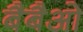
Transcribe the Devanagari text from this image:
बैबैओ